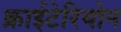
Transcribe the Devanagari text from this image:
क्राईटेरियोन